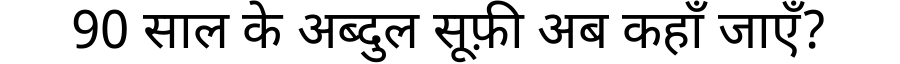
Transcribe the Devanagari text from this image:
90 साल के अब्दुल सूफ़ी अब कहाँ जाएँ?